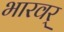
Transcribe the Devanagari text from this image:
भारवर्